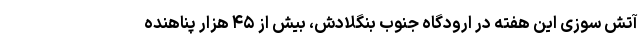
آتش سوزی این هفته در ارودگاه جنوب بنگلادش، بیش از ۴۵ هزار پناهنده